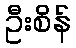
ဦးစိန်